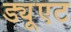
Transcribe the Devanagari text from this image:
ड्यूएट